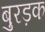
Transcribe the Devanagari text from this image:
बुरड़क